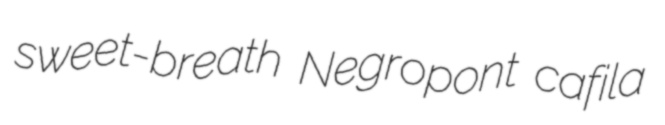
sweet-breath Negropont cafila